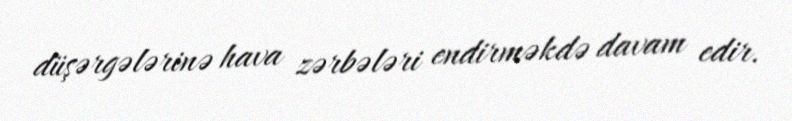
düşərgələrinə hava zərbələri endirməkdə davam edir.